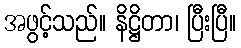
အဖွင့်သည်။ နိဋ္ဌိတာ၊ ပြီးပြီ။